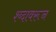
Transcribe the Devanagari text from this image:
श्ब्दावरून